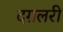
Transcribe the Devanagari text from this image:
दग़लरी